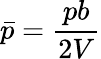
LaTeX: {\bar{p}}={\frac{pb}{2V}}